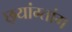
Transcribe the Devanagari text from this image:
छ्यांग्तांग